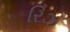
રિઝ